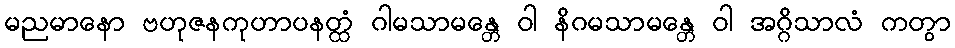
မညမာနော ဗဟုဇနကုဟာပနတ္ထံ ဂါမသာမန္တေ ဝါ နိဂမသာမန္တေ ဝါ အဂ္ဂိသာလံ ကတွာ